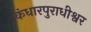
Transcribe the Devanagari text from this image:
कंधारपुराधीश्वर